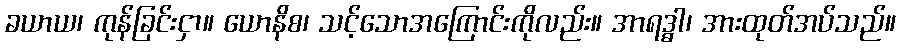
ခယာယ၊ ကုန်ခြင်းငှာ။ ယောနိစ၊ သင့်သောအကြောင်းကိုလည်း။ အာရဒ္ဓါ၊ အားထုတ်အပ်သည်။